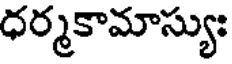
ధర్మకామాస్యుః